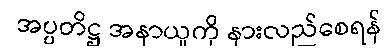
အပ္ပတိဋ္ဌ အနာယူကို နားလည်စေရန်